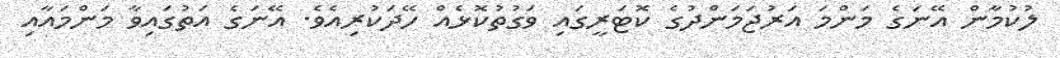
ލުކުމާން އޭނަގެ މަންމަ އަރުޖަމަންދުގެ ކޮޓަރީގައި ވަގުތުކޮޅެއް ހޭދަކުރިއެވެ. އޭނަގެ އަތުގައިވާ މަންމައާއި